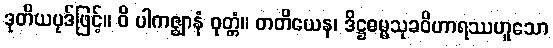
ဒုတိယပုဒ်ဖြင့်။ ဝိ ပါကဇ္ဈာနံ ဝုတ္တံ။ တတိယေန၊ ဒိဋ္ဌဓမ္မသုခဝိဟာရဿဟူသော